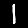
Digit: 1